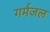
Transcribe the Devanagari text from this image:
गर्मजल